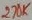
Text: 270K